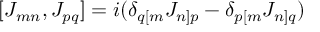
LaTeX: [ J _ { m n } , J _ { p q } ] = i ( \delta _ { q [ m } J _ { n ] p } - \delta _ { p [ m } J _ { n ] q } )